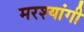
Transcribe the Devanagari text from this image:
मरश्यांगी